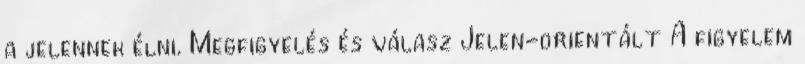
a jelennek élni. Megfigyelés és válasz Jelen-orientált A figyelem